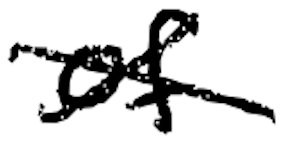
Text: of
Cross-out: cross
Writing tool: digital_black